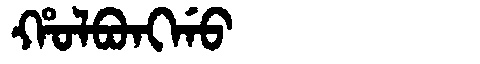
Manchu: ᡥᠣᠯᠪᠣᠩᡤᠣ
Romanization: HOLBONGGO